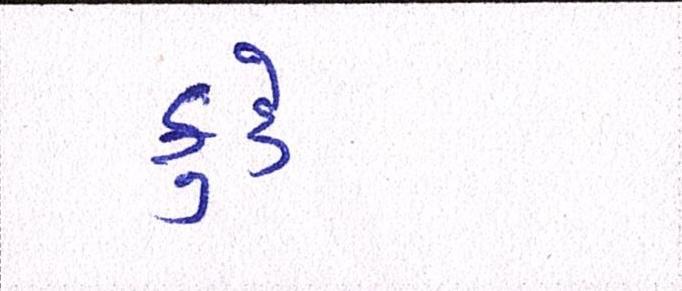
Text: કુકે